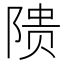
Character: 𬯎